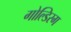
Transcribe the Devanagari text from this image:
गोल्डिरग